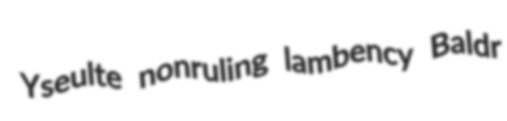
Yseulte nonruling lambency Baldr